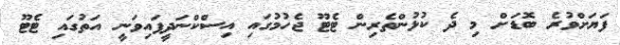
ފަޔަށްވުރެ ބޮޑަށް މި ދެ ކުޅުންތެރިން ޓެޓޫ ޖެހުމުގައި އިސްކްނަދީފައިވަނީ އަތުގައި ޓެޓޫ